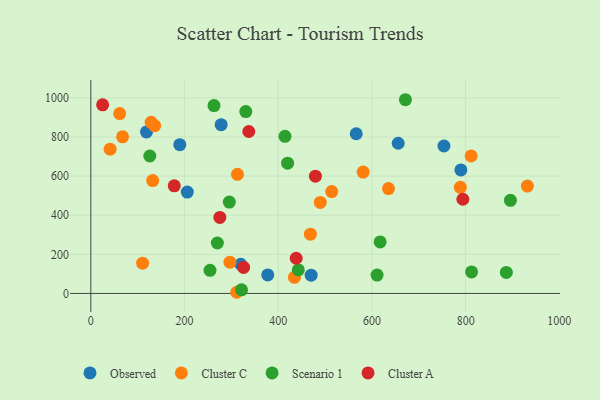
{"axis": {"x": "Investment", "y": "Demand"}, "legend": ["Cluster A", "Cluster C", "Observed", "Scenario 1"], "data": [{"x": "656.1", "y": 768.1, "type": "Observed"}, {"x": "377.6", "y": 94.5, "type": "Observed"}, {"x": "205.9", "y": 518.2, "type": "Observed"}, {"x": "278.2", "y": 862.9, "type": "Observed"}, {"x": "118.8", "y": 826.2, "type": "Observed"}, {"x": "753.7", "y": 754.1, "type": "Observed"}, {"x": "189.9", "y": 761.0, "type": "Observed"}, {"x": "320.0", "y": 149.3, "type": "Observed"}, {"x": "566.5", "y": 816.6, "type": "Observed"}, {"x": "789.9", "y": 631.6, "type": "Observed"}, {"x": "470.3", "y": 93.6, "type": "Observed"}, {"x": "41.2", "y": 737.9, "type": "Cluster C"}, {"x": "313.0", "y": 609.1, "type": "Cluster C"}, {"x": "296.9", "y": 159.9, "type": "Cluster C"}, {"x": "788.7", "y": 542.8, "type": "Cluster C"}, {"x": "581.2", "y": 620.5, "type": "Cluster C"}, {"x": "635.4", "y": 536.5, "type": "Cluster C"}, {"x": "489.8", "y": 465.3, "type": "Cluster C"}, {"x": "136.3", "y": 857.9, "type": "Cluster C"}, {"x": "811.7", "y": 703.5, "type": "Cluster C"}, {"x": "468.6", "y": 303.3, "type": "Cluster C"}, {"x": "311.4", "y": 6.0, "type": "Cluster C"}, {"x": "61.6", "y": 920.1, "type": "Cluster C"}, {"x": "132.1", "y": 577.4, "type": "Cluster C"}, {"x": "67.8", "y": 801.0, "type": "Cluster C"}, {"x": "434.6", "y": 82.5, "type": "Cluster C"}, {"x": "128.7", "y": 874.9, "type": "Cluster C"}, {"x": "110.5", "y": 154.8, "type": "Cluster C"}, {"x": "514.2", "y": 521.2, "type": "Cluster C"}, {"x": "931.8", "y": 549.2, "type": "Cluster C"}, {"x": "321.7", "y": 18.3, "type": "Scenario 1"}, {"x": "671.5", "y": 990.7, "type": "Scenario 1"}, {"x": "254.4", "y": 118.1, "type": "Scenario 1"}, {"x": "420.0", "y": 666.3, "type": "Scenario 1"}, {"x": "886.9", "y": 107.6, "type": "Scenario 1"}, {"x": "270.1", "y": 257.9, "type": "Scenario 1"}, {"x": "125.9", "y": 702.9, "type": "Scenario 1"}, {"x": "611.0", "y": 93.9, "type": "Scenario 1"}, {"x": "617.5", "y": 263.4, "type": "Scenario 1"}, {"x": "295.6", "y": 467.1, "type": "Scenario 1"}, {"x": "442.9", "y": 120.2, "type": "Scenario 1"}, {"x": "330.8", "y": 930.3, "type": "Scenario 1"}, {"x": "895.6", "y": 476.4, "type": "Scenario 1"}, {"x": "414.4", "y": 803.5, "type": "Scenario 1"}, {"x": "812.7", "y": 109.9, "type": "Scenario 1"}, {"x": "262.9", "y": 961.0, "type": "Scenario 1"}, {"x": "794.1", "y": 481.7, "type": "Cluster A"}, {"x": "337.2", "y": 828.3, "type": "Cluster A"}, {"x": "25.2", "y": 964.5, "type": "Cluster A"}, {"x": "178.1", "y": 550.3, "type": "Cluster A"}, {"x": "479.4", "y": 599.9, "type": "Cluster A"}, {"x": "275.4", "y": 389.0, "type": "Cluster A"}, {"x": "326.1", "y": 132.9, "type": "Cluster A"}, {"x": "438.4", "y": 180.0, "type": "Cluster A"}]}